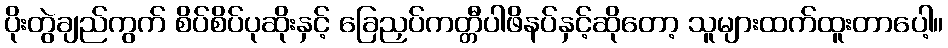
ပိုးတွဲချည်ကွက် စိပ်စိပ်ပုဆိုးနှင့် ခြေညှပ်ကတ္တီပါဖိနပ်နှင့်ဆိုတော့ သူများထက်ထူးတာပေါ့။